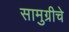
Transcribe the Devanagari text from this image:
सामुग्रीचे